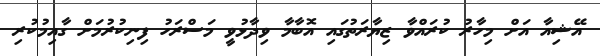
އޭޝިއާ އަށް މިހާރު ކުރައްވާ ޒިޔާރަތުގައި އޮބާމާ ވިދާޅުވީ މަސްރަހު ފިނިކުރުމަށް ގާއިމުކުރި